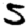
Digit: 5